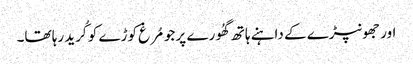
اور جھونپڑے کے داہنے ہاتھ گھُورے پر جو مُرغ کوڑے کو کُرید رہا تھا۔